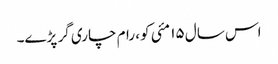
اس سال ۱۵ مئی کو، رام چاری گر پڑے۔